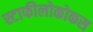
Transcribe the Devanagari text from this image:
स्टाफीलोकोकस